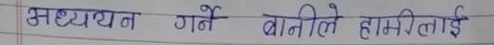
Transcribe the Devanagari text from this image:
अध्ययन गर्ने बानीले हामिलाई